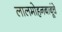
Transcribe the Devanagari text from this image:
लालमोहनबाबूंचे